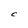
Character: C